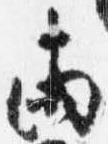
両